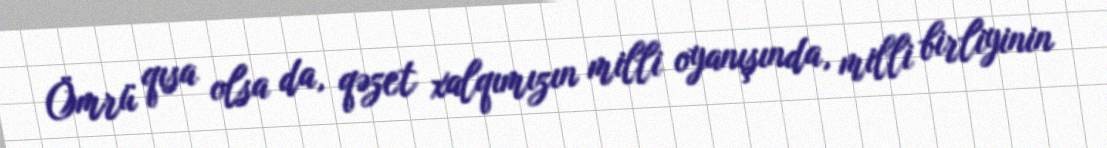
Ömrü qısa olsa da, qəzet xalqımızın milli oyanışında, milli birliyinin